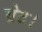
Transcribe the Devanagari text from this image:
ग्रेट।